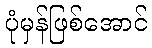
ပုံမှန်ဖြစ်အောင်